Civil Veterinary Department Bihar & Orissa reports 1922-29 - 1922-1929
Year: 1922
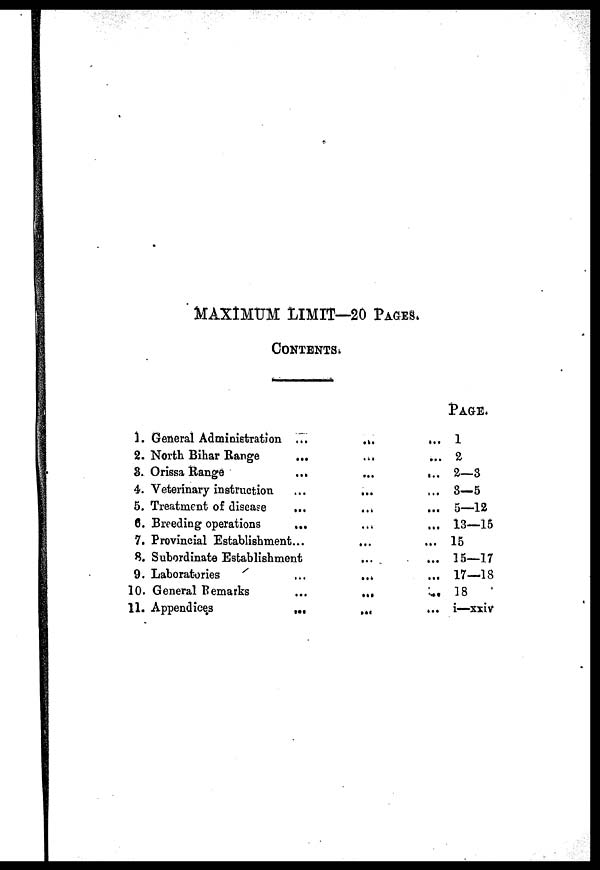
MAXIMUM LIMIT—20 Pages.
CONTENTS.
1. General Administration ...
2. North Bihar Range
3. Orissa Range
...
4. Veterinary instruction
5. Treatment of disease
...
6. Breeding operations
...
7. Provincial Establishment...
8. Subordinate Establishment
9. Laboratories
10. General Remarks
11. Appendices
...
...
...
...
...
...
...
...
...
...
...
...
...
...
...
....
...
...
...
...
...
...
...
Page.
1
2
2—3
8—5
5—12
13—15
15
15—17
17—18
18
i—xxiv